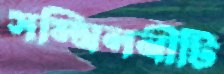
সম্মিলনীটি